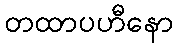
တထာပဟီနော